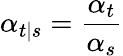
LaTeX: \alpha_{t|s}=\frac{\alpha_{t}}{\alpha_{s}}